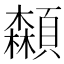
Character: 𩕌